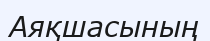
Аяқшасының